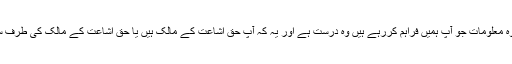
مزید تو ، جھوٹی باتوں کے تحت ، وہ معلومات جو آپ ہمیں فراہم کررہے ہیں وہ درست ہے اور یہ کہ آپ حق اشاعت کے مالک ہیں یا حق اشاعت کے مالک کی طرف سے کارروائی کرنے کے مجاز ہیں۔